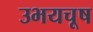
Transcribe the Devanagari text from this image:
उभयचूष